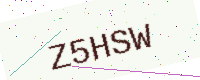
Text: Z5HSW